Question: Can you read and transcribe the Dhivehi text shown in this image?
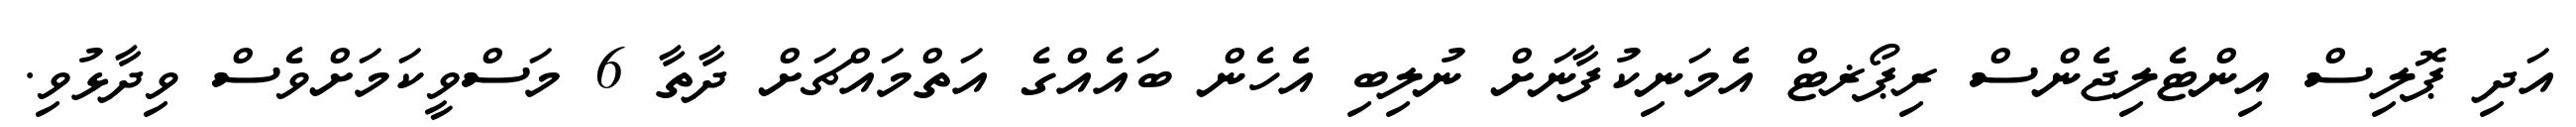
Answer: އަދި ޕޮލިސް އިންޓެލިޖެންސް ރިޕޯޜޓް އެމަނިކުފާނަށް ނުލިބި އެހެން ބައެއްގެ އަތްމައްޗަށް ދާތާ 6 މަސްވީކަމަށްވެސް ވިދާޅުވި.